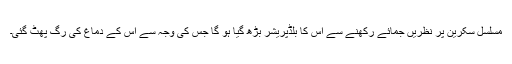
مسلسل سکرین پر نظریں جمائے رکھنے سے اس کا بلڈپریشر بڑھ گیا ہو گا جس کی وجہ سے اس کے دماغ کی رگ پھٹ گئی۔